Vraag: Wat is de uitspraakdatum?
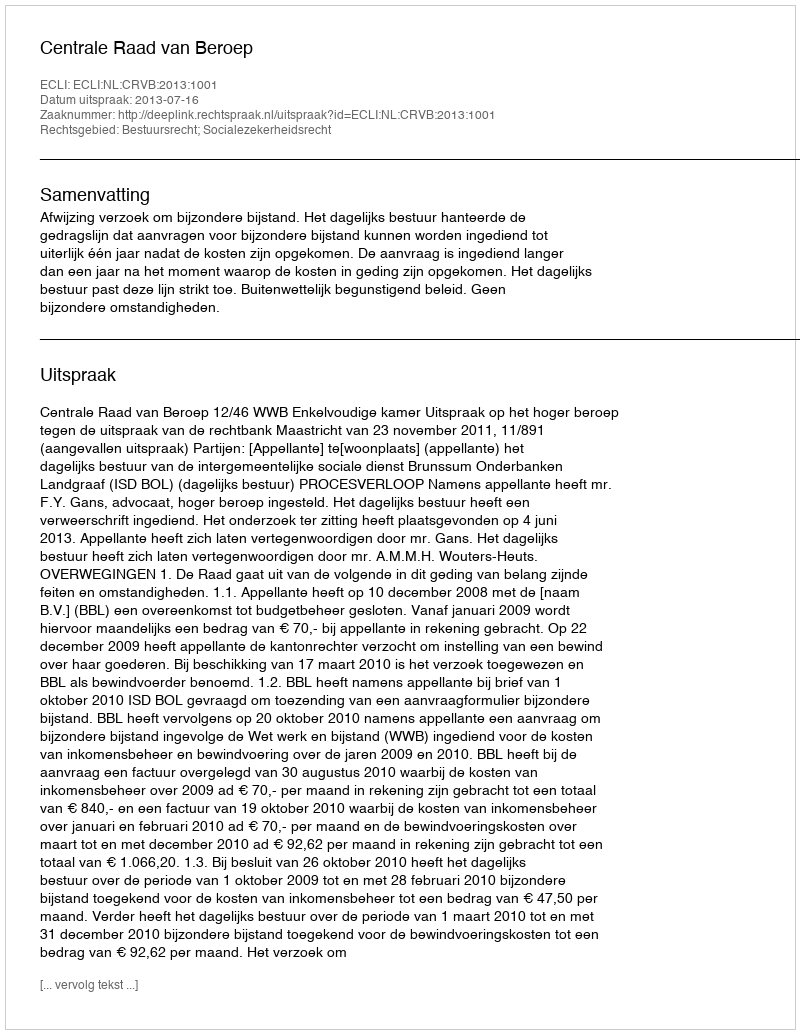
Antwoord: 2013-07-16